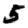
Digit: 5